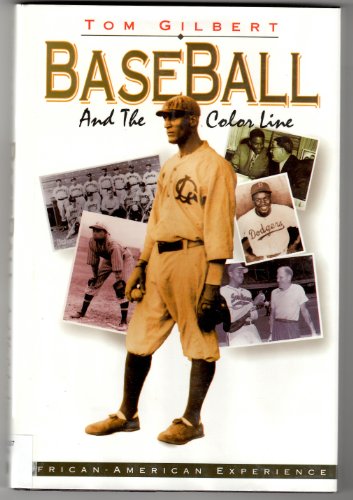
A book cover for Baseball and the Color Line (African-American Experience); Thomas W. Gilbert; Teen & Young Adult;